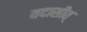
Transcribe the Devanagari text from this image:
यदासीत्